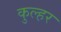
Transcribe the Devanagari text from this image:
कुल्हर